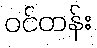
ဝင်တန်း